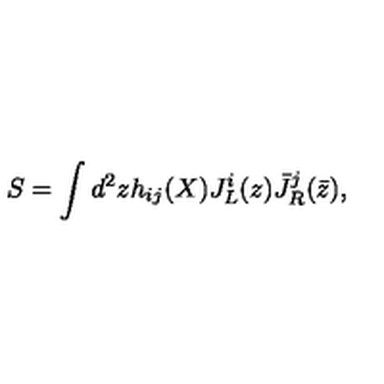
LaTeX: S = \int d ^ { 2 } z h _ { i j } ( X ) J _ { L } ^ { i } ( z ) { \bar { J } } _ { R } ^ { j } ( { \bar { z } } ) ,